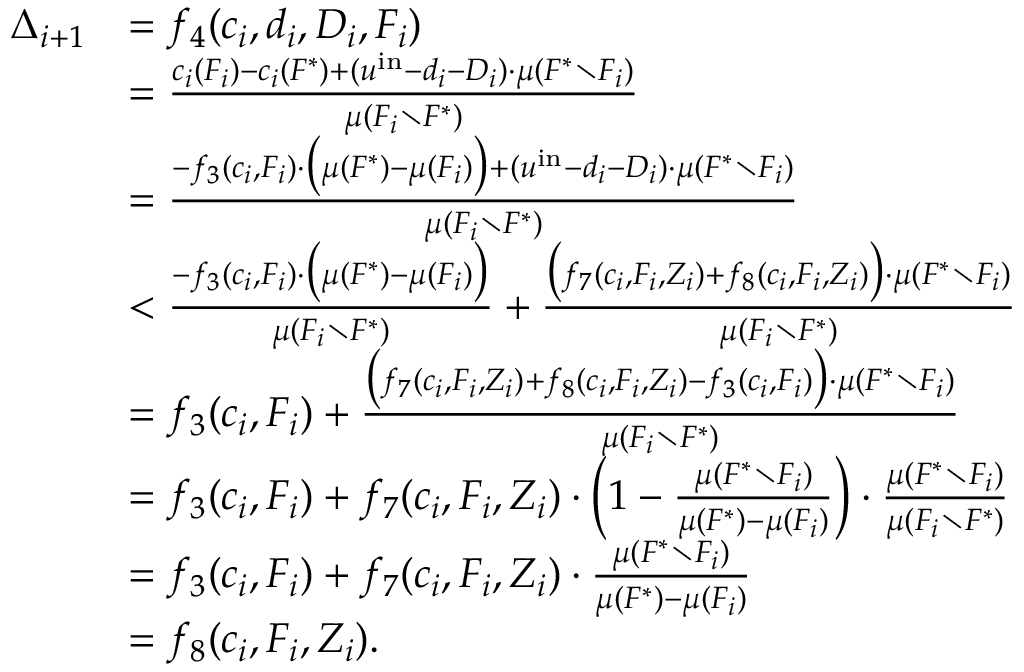
\begin{array} { r l } { \Delta _ { i + 1 } } & { = f _ { 4 } ( c _ { i } , d _ { i } , D _ { i } , F _ { i } ) } \\ { } & { = \frac { c _ { i } ( F _ { i } ) - c _ { i } ( F ^ { * } ) + ( u ^ { \mathrm { i n } } - d _ { i } - D _ { i } ) \cdot \mu ( F ^ { * } \setminus F _ { i } ) } { \mu ( F _ { i } \setminus F ^ { * } ) } } \\ { } & { = \frac { - f _ { 3 } ( c _ { i } , F _ { i } ) \cdot \big ( \mu ( F ^ { * } ) - \mu ( F _ { i } ) \big ) + ( u ^ { \mathrm { i n } } - d _ { i } - D _ { i } ) \cdot \mu ( F ^ { * } \setminus F _ { i } ) } { \mu ( F _ { i } \setminus F ^ { * } ) } } \\ { } & { < \frac { - f _ { 3 } ( c _ { i } , F _ { i } ) \cdot \big ( \mu ( F ^ { * } ) - \mu ( F _ { i } ) \big ) } { \mu ( F _ { i } \setminus F ^ { * } ) } + \frac { \big ( f _ { 7 } ( c _ { i } , F _ { i } , Z _ { i } ) + f _ { 8 } ( c _ { i } , F _ { i } , Z _ { i } ) \big ) \cdot \mu ( F ^ { * } \setminus F _ { i } ) } { \mu ( F _ { i } \setminus F ^ { * } ) } } \\ { } & { = f _ { 3 } ( c _ { i } , F _ { i } ) + \frac { \big ( f _ { 7 } ( c _ { i } , F _ { i } , Z _ { i } ) + f _ { 8 } ( c _ { i } , F _ { i } , Z _ { i } ) - f _ { 3 } ( c _ { i } , F _ { i } ) \big ) \cdot \mu ( F ^ { * } \setminus F _ { i } ) } { \mu ( F _ { i } \setminus F ^ { * } ) } } \\ { } & { = f _ { 3 } ( c _ { i } , F _ { i } ) + f _ { 7 } ( c _ { i } , F _ { i } , Z _ { i } ) \cdot \left( 1 - \frac { \mu ( F ^ { * } \setminus F _ { i } ) } { \mu ( F ^ { * } ) - \mu ( F _ { i } ) } \right) \cdot \frac { \mu ( F ^ { * } \setminus F _ { i } ) } { \mu ( F _ { i } \setminus F ^ { * } ) } } \\ { } & { = f _ { 3 } ( c _ { i } , F _ { i } ) + f _ { 7 } ( c _ { i } , F _ { i } , Z _ { i } ) \cdot \frac { \mu ( F ^ { * } \setminus F _ { i } ) } { \mu ( F ^ { * } ) - \mu ( F _ { i } ) } } \\ { } & { = f _ { 8 } ( c _ { i } , F _ { i } , Z _ { i } ) . } \end{array}